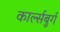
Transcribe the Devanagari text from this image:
कार्ल्सबुर्ग